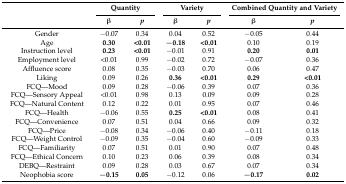
| <ROWSPAN=2>  | <COLSPAN=2> Quantity | <COLSPAN=2> Variety | <COLSPAN=2> Combined Quantity and Variety |
 | β | p | β | p | β | p |
 | --- | --- | --- | --- | --- | --- | --- |
 | Gender | −0.07 | 0.34 | 0.04 | 0.52 | −0.05 | 0.44 |
 | Age | 0.30 | <0.01 | −0.18 | <0.01 | 0.10 | 0.19 |
 | Instruction level | 0.23 | <0.01 | −0.01 | 0.91 | 0.20 | 0.01 |
 | Employment level | <0.01 | 0.99 | −0.02 | 0.72 | −0.07 | 0.36 |
 | Affluence score | 0.08 | 0.35 | −0.03 | 0.70 | 0.06 | 0.47 |
 | Liking | 0.09 | 0.26 | 0.36 | <0.01 | 0.29 | <0.01 |
 | FCQ—Mood | 0.09 | 0.28 | −0.06 | 0.39 | 0.07 | 0.36 |
 | FCQ—Sensory Appeal | <0.01 | 0.98 | 0.13 | 0.09 | 0.09 | 0.28 |
 | FCQ—Natural Content | 0.12 | 0.22 | 0.01 | 0.95 | 0.07 | 0.46 |
 | FCQ—Health | −0.06 | 0.55 | 0.25 | <0.01 | 0.08 | 0.41 |
 | FCQ—Convenience | 0.07 | 0.51 | 0.04 | 0.66 | 0.09 | 0.32 |
 | FCQ—Price | −0.08 | 0.34 | −0.06 | 0.40 | −0.11 | 0.18 |
 | FCQ—Weight Control | −0.09 | 0.35 | −0.04 | 0.60 | −0.09 | 0.33 |
 | FCQ—Familiarity | 0.07 | 0.51 | 0.01 | 0.90 | 0.07 | 0.48 |
 | FCQ—Ethical Concern | 0.10 | 0.23 | 0.06 | 0.39 | 0.08 | 0.34 |
 | DEBQ—Restraint | 0.09 | 0.28 | 0.03 | 0.67 | 0.07 | 0.34 |
 | Neophobia score | −0.15 | 0.05 | −0.12 | 0.06 | −0.17 | 0.02 |